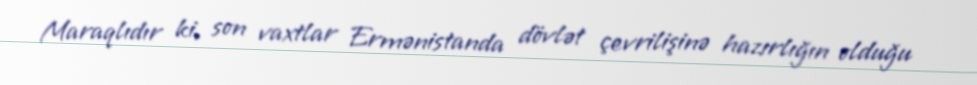
Maraqlıdır ki, son vaxtlar Ermənistanda dövlət çevrilişinə hazırlığın olduğu